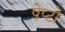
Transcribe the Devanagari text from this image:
पेप्टो